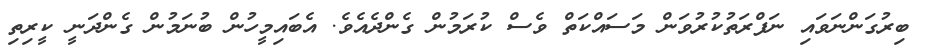
ބިރުގަންނަވައި ނަފްރަތުކުރުވަން މަސައްކަތް ވެސް ކުރަމުން ގެންދެއެވެ. އެބައިމީހުން ބުނަމުން ގެންދަނީ ކީރިތި